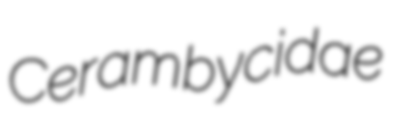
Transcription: Cerambycidae